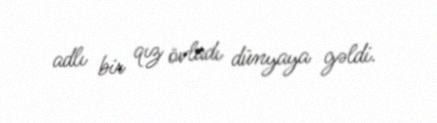
adlı bir qız övladı dünyaya gəldi.